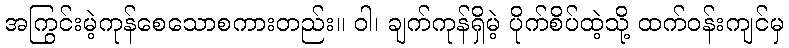
အကြွင်းမဲ့ကုန်စေသောစကားတည်း။ ဝါ၊ ချက်ကုန်ရှိမဲ့ ပိုက်စိပ်ထဲ့သို့ ထက်ဝန်းကျင်မှ